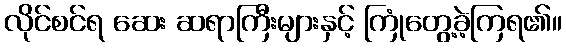
လိုင်စင်ရ ဆေး ဆရာကြီးများနှင့် ကြုံတွေ့ခဲ့ကြရ၏။